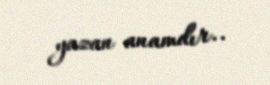
yazan anamdır..